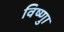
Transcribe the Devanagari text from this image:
विष्णुा